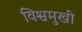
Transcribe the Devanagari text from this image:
विश्वमुखी